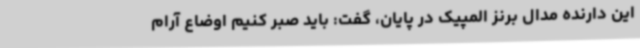
این دارنده مدال برنز المپیک در پایان، گفت: باید صبر کنیم اوضاع آرام